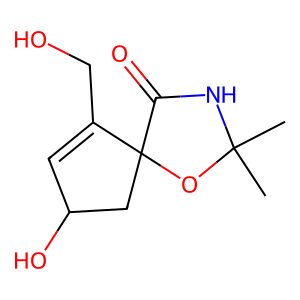
SMILES: CC1(C)NC(=O)C2(CC(O)C=C2CO)O1
Inhibits HIV replication: No